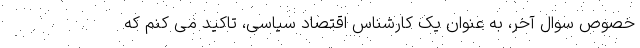
خصوص سوال آخر، به عنوان یک کارشناس اقتصاد سیاسی، تاکید می کنم که